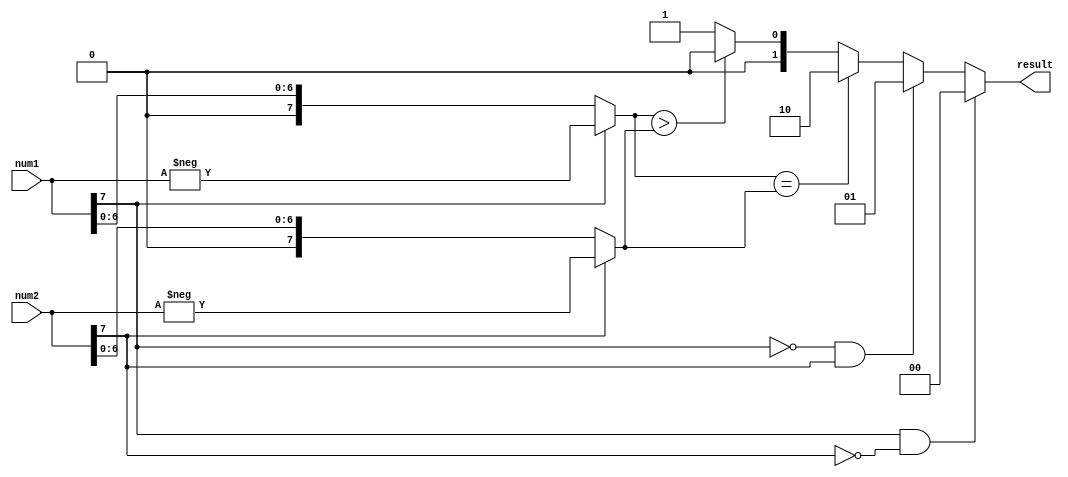
module signed_magnitude_comparator (
    input signed [7:0] num1,
    input signed [7:0] num2,
    output [1:0] result
);

reg [7:0] magnitude_num1, magnitude_num2;

assign magnitude_num1 = (num1[7] == 1) ? -num1 : num1;
assign magnitude_num2 = (num2[7] == 1) ? -num2 : num2;

always @* begin
    if (num1[7] && !num2[7]) begin
        result = 2'b00; // num1 is greater
    end else if (!num1[7] && num2[7]) begin
        result = 2'b01; // num2 is greater
    end else begin
        if (magnitude_num1 == magnitude_num2) begin
            result = 2'b10; // equal
        end else if (magnitude_num1 > magnitude_num2) begin
            result = 2'b00; // num1 is greater
        end else begin
            result = 2'b01; // num2 is greater
        end
    end
end

endmodule